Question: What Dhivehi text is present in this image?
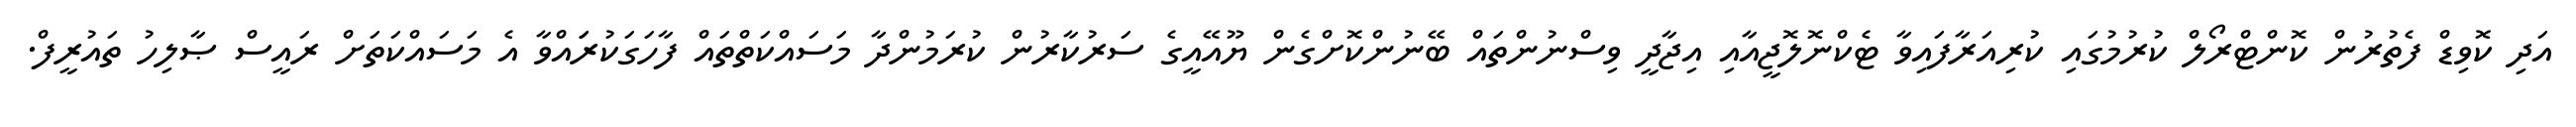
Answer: އަދި ކޮވިޑް ފެތުރުން ކޮންޓްރޯލް ކުރުމުގައި ކުރިއަރާފައިވާ ޓެކްނޮލޮޖީއާއި އިޖާދީ ވިސްނުންތައް ބޭނުންކޮށްގެން ޔޫއޭއީގެ ސަރުކާރުން ކުރަމުންދާ މަސައްކަތްތައް ފާހަގަކުރަައްވާ އެ މަސައްކަތަށް ރައީސް ޞާލިހު ތައުރީފް.